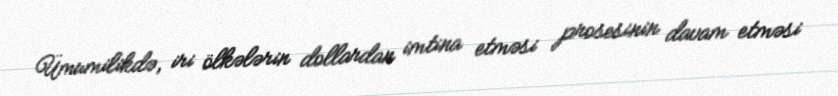
Ümumilikdə, iri ölkələrin dollardan imtina etməsi prosesinin davam etməsi